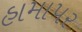
હામાપર